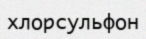
хлорсульфон